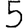
Digit: 5